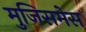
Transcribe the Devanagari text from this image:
मुजिसमेस